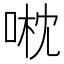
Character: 𠶍